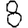
Digit: 8